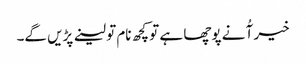
خیر آُ نے پوچھا ہے تو کچھ نام تو لینے پڑیں گے۔